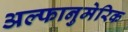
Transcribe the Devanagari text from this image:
अल्फानुमेरिक